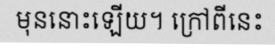
មុននោះឡើយ។ ក្រៅពីនេះ